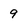
Character: 9